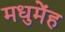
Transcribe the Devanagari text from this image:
मधुमेंह